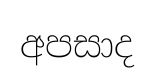
අපසාද